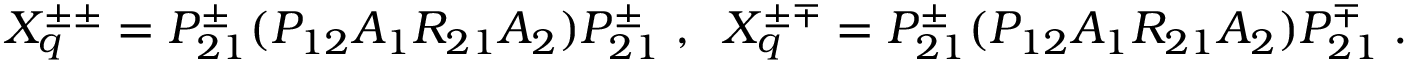
X _ { q } ^ { \pm \pm } = P _ { 2 1 } ^ { \pm } ( P _ { 1 2 } A _ { 1 } R _ { 2 1 } A _ { 2 } ) P _ { 2 1 } ^ { \pm } \; , \; \; X _ { q } ^ { \pm \mp } = P _ { 2 1 } ^ { \pm } ( P _ { 1 2 } A _ { 1 } R _ { 2 1 } A _ { 2 } ) P _ { 2 1 } ^ { \mp } \; .